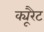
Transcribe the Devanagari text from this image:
क्यूरैट